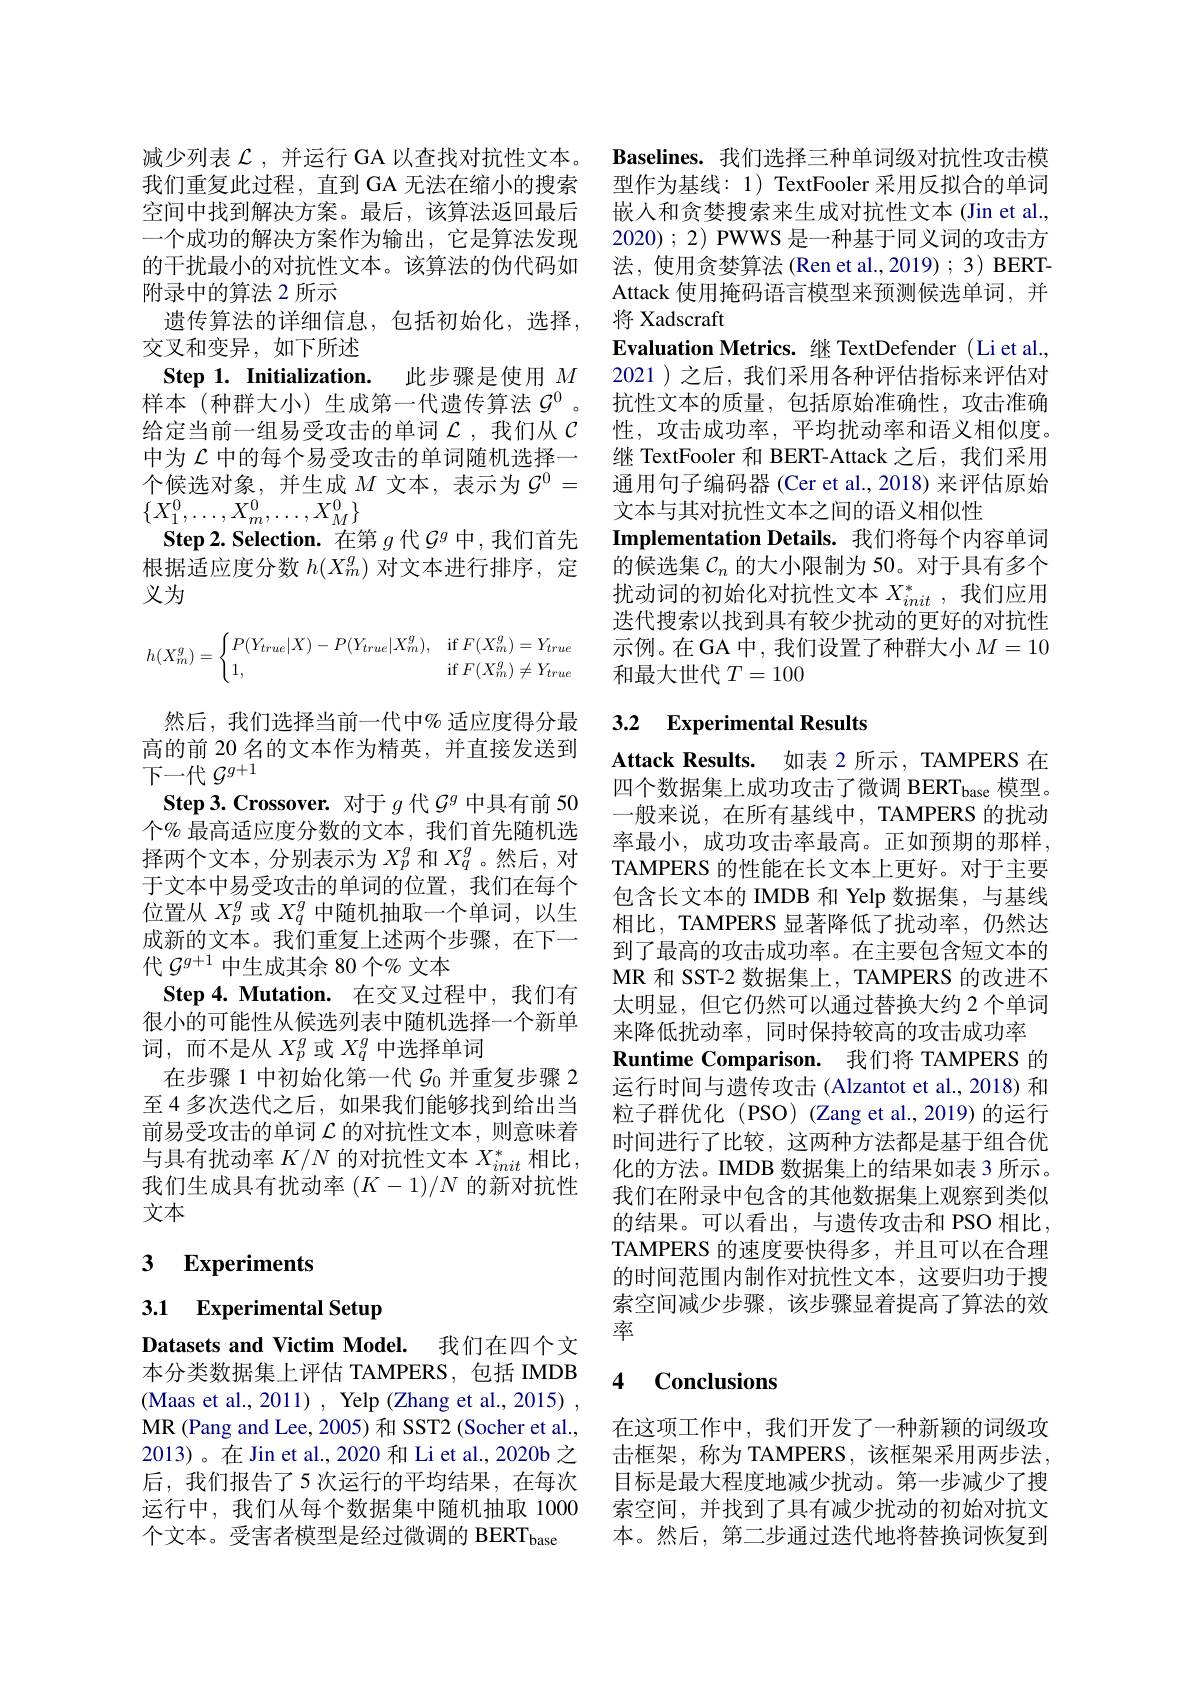
Step 1. Initialization. 此步骤是使用$M$ 样本(种群大小)生成第一代遗传算法$\mathcal{G}^0$ 。

减少列表$\mathcal{L}$ ,并运行 GA 以查找对抗性文本。我们重复此过程，直到 GA 无法在缩小的搜索空间中找到解决方案。最后，该算法返回最后一个成功的解决方案作为输出，它是算法发现的干扰最小的对抗性文本。该算法的伪代码如附录中的算法 2 所示
遗传算法的详细信息，包括初始化，选择，
交叉和变异，如下所述
给定当前一组易受攻击的单词$\mathcal{L}$ ,我们从$\mathcal{C}$ 中为$\mathcal{L}$中的每个易受攻击的单词随机选择一个候选对象，并生成$M$ 文本，表示为 $G^0=$ $\{X_1^0,\ldots,X_m^0,\ldots,X_M^0\}$
Step 2. Selection. 在第$g$代$\mathcal{G}^g$中，我们首先根据适应度分数$h(X_m^g)$对文本进行排序，定义为
$$h(X_m^g)=\begin{cases}P(Y_{true}|X)-P(Y_{true}|X_m^g),&\text{if}F(X_m^g)=Y_{true}\\1,&\text{if}F(X_m^g)\neq Y_{true}\end{cases}$$
然后，我们选择当前一代中% 适应度得分最高的前 20 名的文本作为精英，并直接发送到下一代$\mathcal{G}^g+1$
Step 3.Crossover.对于$g$代$\mathcal{G}^g$中具有前 50个% 最高适应度分数的文本，我们首先随机选择两个文本，分别表示为$X_p^g$和$X_q^g$ 。然后，对于文本中易受攻击的单词的位置，我们在每个位置从$X_p^g$或$X_q^g$中随机抽取一个单词，以生成新的文本。我们重复上述两个步骤，在下一代$\mathcal{G}^{g+1}$中生成其余 80 个% 文本
Step 4. Mutation. 在交叉过程中，我们有很小的可能性从候选列表中随机选择一个新单词，而不是从$X_p^g$或 $X_q^g$ 中选择单词
在步骤 1 中初始化第一代$\mathcal{G}_{0}$并重复步骤 2至 4 多次迭代之后，如果我们能够找到给出当前易受攻击的单词$\mathcal{L}$的对抗性文本，则意味着与具有扰动率$K/N$的对抗性文本$X_init^*$相比， 我们生成具有扰动率$(K-1)/N$的新对抗性文本

# 3 Experiments

## 3.1 Experimental Setup

Datasets and Victim Model. 我们在四个文本分类数据集上评估 TAMPERS,包括 IMDB (Maas et al., 2011) , Yelp (Zhang et al., 2015) , MR (Pang and Lee, 2005) 和 SST2 (Socher et al., 2013)。在Jin et al.,2020 和 Li et al., 2020b 之后，我们报告了5次运行的平均结果，在每次运行中，我们从每个数据集中随机抽取 1000个文本。受害者模型是经过微调的 BERT$_\mathrm{base}$

Baselines. 我们选择三种单词级对抗性攻击模型作为基线：1) TextFooler 采用反拟合的单词嵌入和贪婪搜索来生成对抗性文本(Jin et al., 2020);2) PWWS 是一种基于同义词的攻击方法，使用贪婪算法 (Ren et al.,2019) ; 3) BERTAttack 使用掩码语言模型来预测候选单词，并将 Xadscraft
Evaluation Metrics.继 TextDefender (Li et al., 2021 )之后，我们采用各种评估指标来评估对抗性文本的质量，包括原始准确性，攻击准确性，攻击成功率，平均扰动率和语义相似度。继 TextFooler 和 BERT-Attack 之后，我们采用通用句子编码器 (Cer et al., 2018) 来评估原始文本与其对抗性文本之间的语义相似性
Implementation Details. 我们将每个内容单词的候选集$\mathcal{C}_n$的大小限制为 50。对于具有多个扰动词的初始化对抗性文本$X_{init}^*$,我们应用迭代搜索以找到具有较少扰动的更好的对抗性示例。在GA 中，我们设置了种群大小$M=10$ 和最大世代$T=100$

# 3.2 Experimental Results

Attack Results. 如表 2 所示，TAMPERS 在四个数据集上成功攻击了微调 BERT$_\mathrm{base}$模型。一般来说，在所有基线中，TAMPERS 的扰动率最小，成功攻击率最高。正如预期的那样， TAMPERS 的性能在长文本上更好。对于主要包含长文本的 IMDB 和 Yelp 数据集，与基线相比，TAMPERS 显著降低了扰动率，仍然达到了最高的攻击成功率。在主要包含短文本的MR 和 SST-2 数据集上，TAMPERS 的改进不太明显，但它仍然可以通过替换大约 2个单词来降低扰动率，同时保持较高的攻击成功率
$\textbf{Runtime Comparison. }$ 我们将 TAMPERS 的运行时间与遗传攻击(Alzantot et al.,2018) 和粒子群优化(PSO)(Zang et al.,2019)的运行时间进行了比较，这两种方法都是基于组合优化的方法。IMDB 数据集上的结果如表 3 所示。我们在附录中包含的其他数据集上观察到类似的结果。可以看出，与遗传攻击和 PSO 相比， TAMPERS 的速度要快得多，并且可以在合理的时间范围内制作对抗性文本，这要归功于搜索空间减少步骤，该步骤显着提高了算法的效率

### 4 $\textbf{Conclusions}$

在这项工作中，我们开发了一种新颖的词级攻击框架，称为 TAMPERS,该框架采用两步法， 目标是最大程度地减少扰动。第一步减少了搜索空间，并找到了具有减少扰动的初始对抗文本。然后，第二步通过迭代地将替换词恢复到